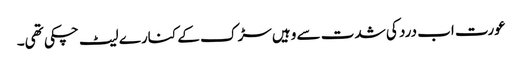
عورت اب درد کی شدت سے وہیں سڑک کے کنارے لیٹ چکی تھی۔